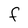
Character: F